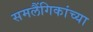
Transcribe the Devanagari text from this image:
समलैंगिकांच्या